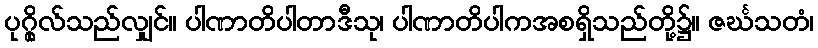
ပုဂ္ဂိုလ်သည်လျှင်။ ပါဏာတိပါတာဒီသု၊ ပါဏာတိပါကအစရှိသည်တို့၌။ ဇင်္ဃသတံ၊